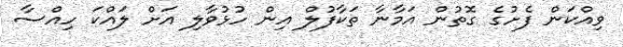
ވިއްކަން ފެށުގެ ގޮތުން އަމާނާ ތަކާފުލް އިން ހުޅުވާލި އަށް ލައްކަ ހިއްސާ